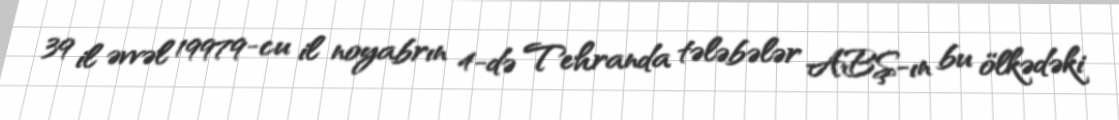
39 il əvvəl 19979-cu il noyabrın 4-də Tehranda tələbələr ABŞ-ın bu ölkədəki